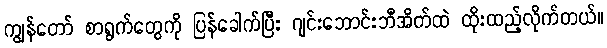
ကျွန်တော် စာရွက်တွေကို ပြန်ခေါက်ပြီး ဂျင်းဘောင်းဘီအိတ်ထဲ ထိုးထည့်လိုက်တယ်။